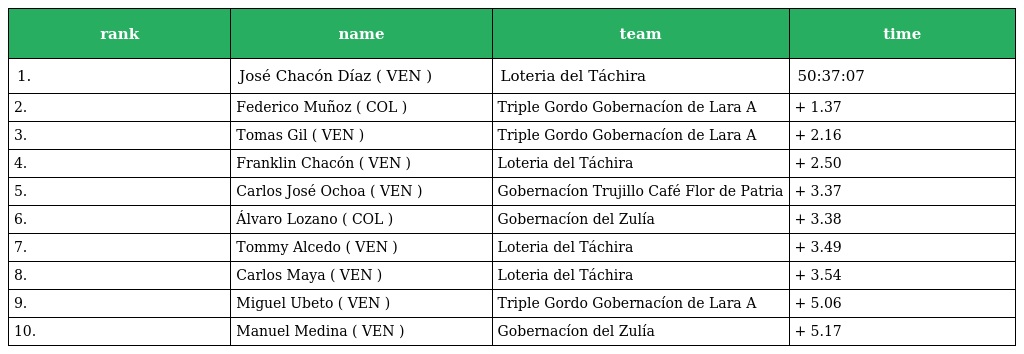
| rank | name | team | time |
 | --- | --- | --- | --- |
 | 1. | José Chacón Díaz ( VEN ) | Loteria del Táchira | 50:37:07 |
 | 2. | Federico Muñoz ( COL ) | Triple Gordo Gobernacíon de Lara A | + 1.37 |
 | 3. | Tomas Gil ( VEN ) | Triple Gordo Gobernacíon de Lara A | + 2.16 |
 | 4. | Franklin Chacón ( VEN ) | Loteria del Táchira | + 2.50 |
 | 5. | Carlos José Ochoa ( VEN ) | Gobernacíon Trujillo Café Flor de Patria | + 3.37 |
 | 6. | Álvaro Lozano ( COL ) | Gobernacíon del Zulía | + 3.38 |
 | 7. | Tommy Alcedo ( VEN ) | Loteria del Táchira | + 3.49 |
 | 8. | Carlos Maya ( VEN ) | Loteria del Táchira | + 3.54 |
 | 9. | Miguel Ubeto ( VEN ) | Triple Gordo Gobernacíon de Lara A | + 5.06 |
 | 10. | Manuel Medina ( VEN ) | Gobernacíon del Zulía | + 5.17 |